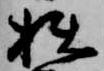
拙